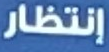
إنتظار